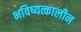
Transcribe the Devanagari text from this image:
भविष्यत्कालीन